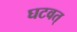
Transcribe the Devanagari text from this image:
घटवत्